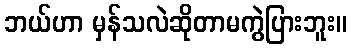
ဘယ်ဟာ မှန်သလဲဆိုတာမကွဲပြားဘူး။